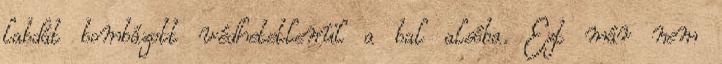
labdát bombázott védhetetlenül a bal alsóba. Ezt már nem